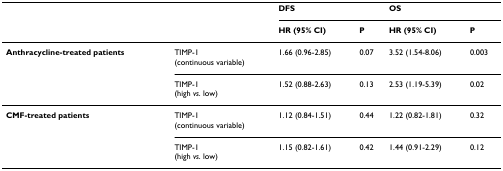
|  |  | DFS |  | OS |  |
 |  |  | HR (95% CI) | P | HR (95% CI) | P |
 | --- | --- | --- | --- | --- | --- |
 | Anthracycline-treated patients | TIMP-1(continuous variable) | 1.66 (0.96-2.85) | 0.07 | 3.52 (1.54-8.06) | 0.003 |
 |  | TIMP-1(high vs. low) | 1.52 (0.88-2.63) | 0.13 | 2.53 (1.19-5.39) | 0.02 |
 | CMF-treated patients | TIMP-1(continuous variable) | 1.12 (0.84-1.51) | 0.44 | 1.22 (0.82-1.81) | 0.32 |
 |  | TIMP-1(high vs. low) | 1.15 (0.82-1.61) | 0.42 | 1.44 (0.91-2.29) | 0.12 |